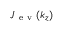
J _ { \mathrm { ~ e ~ v ~ } } ( k _ { z } )